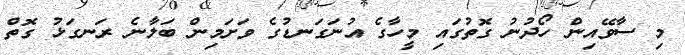
މި ސާވޭއިން ހޯދުނު ގޮތުގައި މީހާގެ އުނަގަނޑުގެ ވަށަމިން ބަލާނެ ރަނގަޅު ގޮތް